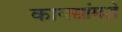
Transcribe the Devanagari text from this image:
कायद्यांमद्धे